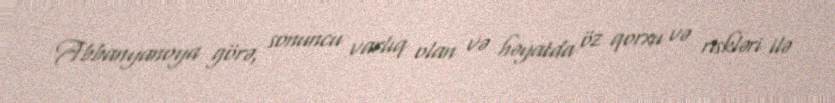
Abbanyanoya görə, sonuncu varlıq olan və həyatda öz qorxu və riskləri ilə